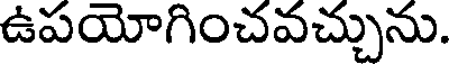
ఉపయోగించవచ్చును.